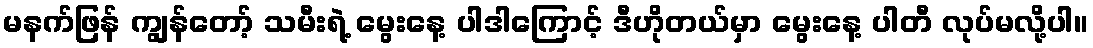
မနက်ဖြန် ကျွန်တော့် သမီးရဲ့ မွေးနေ့ ပါဒါကြောင့် ဒီဟိုတယ်မှာ မွေးနေ့ ပါတီ လုပ်မလို့ပါ။